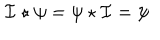
LaTeX: { \cal I } \star \psi = \psi \star { \cal I } = \psi